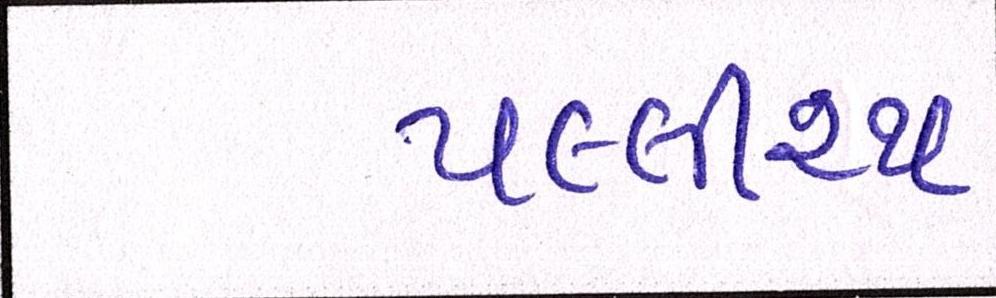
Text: પલ્લીરથ